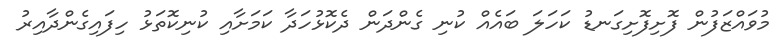
މުވައްޒަފުން ފޮށިފޮށިގަނޑު ކަހަލަ ބައެއް ކުނި ގެންދަން ދެކޮޅުހަދާ ކަމަށާއި ކުނިކޮތަޅު ހިފައިގެންދާއިރު